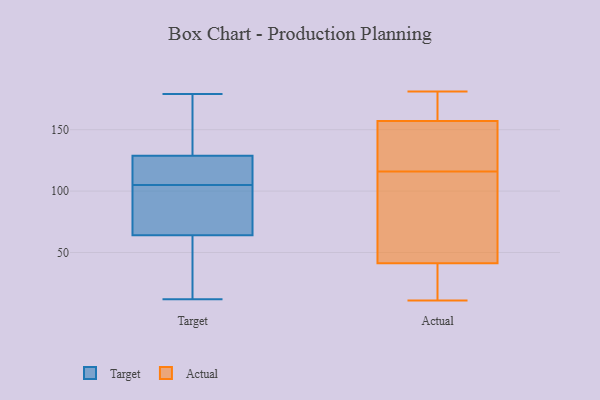
{"axis": {"x": "Population (Million)", "y": "Value"}, "legend": ["Actual", "Target"], "data": [{"x": "", "y": 114, "type": "Target"}, {"x": "", "y": 125, "type": "Target"}, {"x": "", "y": 130, "type": "Target"}, {"x": "", "y": 12, "type": "Target"}, {"x": "", "y": 60, "type": "Target"}, {"x": "", "y": 149, "type": "Target"}, {"x": "", "y": 160, "type": "Target"}, {"x": "", "y": 79, "type": "Target"}, {"x": "", "y": 179, "type": "Target"}, {"x": "", "y": 160, "type": "Target"}, {"x": "", "y": 76, "type": "Target"}, {"x": "", "y": 30, "type": "Target"}, {"x": "", "y": 97, "type": "Target"}, {"x": "", "y": 121, "type": "Target"}, {"x": "", "y": 97, "type": "Target"}, {"x": "", "y": 27, "type": "Target"}, {"x": "", "y": 15, "type": "Target"}, {"x": "", "y": 120, "type": "Target"}, {"x": "", "y": 105, "type": "Target"}, {"x": "", "y": 48, "type": "Actual"}, {"x": "", "y": 143, "type": "Actual"}, {"x": "", "y": 169, "type": "Actual"}, {"x": "", "y": 122, "type": "Actual"}, {"x": "", "y": 11, "type": "Actual"}, {"x": "", "y": 181, "type": "Actual"}, {"x": "", "y": 148, "type": "Actual"}, {"x": "", "y": 89, "type": "Actual"}, {"x": "", "y": 178, "type": "Actual"}, {"x": "", "y": 121, "type": "Actual"}, {"x": "", "y": 116, "type": "Actual"}, {"x": "", "y": 14, "type": "Actual"}, {"x": "", "y": 31, "type": "Actual"}, {"x": "", "y": 15, "type": "Actual"}, {"x": "", "y": 96, "type": "Actual"}, {"x": "", "y": 180, "type": "Actual"}, {"x": "", "y": 39, "type": "Actual"}, {"x": "", "y": 110, "type": "Actual"}, {"x": "", "y": 160, "type": "Actual"}]}